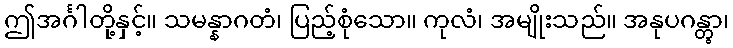
ဤအင်္ဂါတို့နှင့်။ သမန္နာဂတံ၊ ပြည့်စုံသော။ ကုလံ၊ အမျိုးသည်။ အနုပဂန္တွာ၊